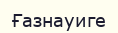
Ғазнауиге